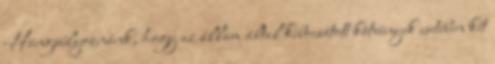
Hangsúlyoznánk, hogy az állam által kibocsátott kötvények esetében két